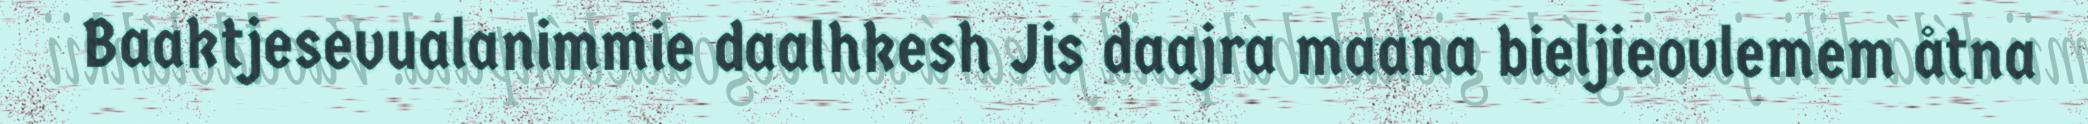
Baaktjesevualanimmie daalhkesh Jis daajra maana bieljieovlemem åtna